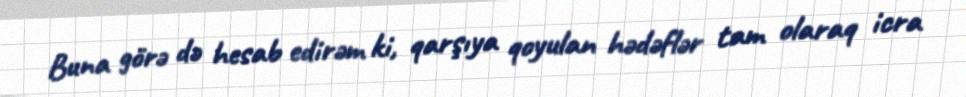
Buna görə də hesab edirəm ki, qarşıya qoyulan hədəflər tam olaraq icra